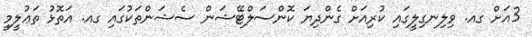
3އަށް ގއ. ވިލިނގިލީގައި ކުރިއަށް ގެންދިޔަ ކޮންސަލްޓޭޝަން ސެޝަންތަކުގައި ގއ. އަތޮޅު ތަޢުލީމީ